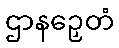
ဌာနဉှေတံ